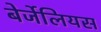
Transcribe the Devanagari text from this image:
बेर्जेलियस